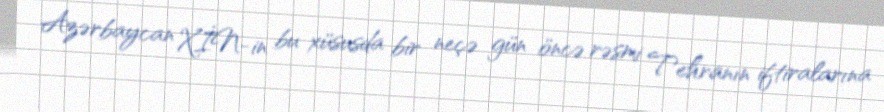
Azərbaycan XİN-in bu xüsusda bir neçə gün öncə rəsmi Tehranın iftiralarına